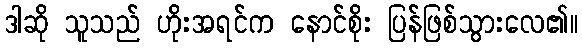
ဒါဆို သူသည် ဟိုးအရင်က နောင်စိုး ပြန်ဖြစ်သွားလေ၏။